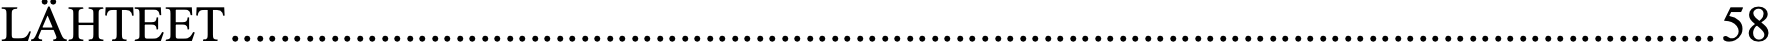
LÄHTEET ....................................................................................................................... 58